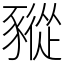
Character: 豵